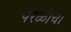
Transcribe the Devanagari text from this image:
परळीचा